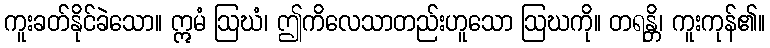
ကူးခတ်နိုင်ခဲသော။ ဣမံ ဩဃံ၊ ဤကိလေသာတည်းဟူသော ဩဃကို။ တရန္တိ၊ ကူးကုန်၏။